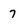
Character: 7